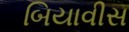
બિયાવીસ